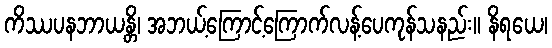
ကိဿပနဘာယန္တိ၊ အဘယ့်ကြောင့်ကြောက်လန့်ပေကုန်သနည်း။ နိရယေ၊